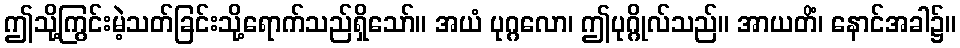
ဤသို့ကြွင်းမဲ့သတ်ခြင်းသို့ရောက်သည်ရှိသော်။ အယံ ပုဂ္ဂလော၊ ဤပုဂ္ဂိုလ်သည်။ အာယတိံ၊ နောင်အခါ၌။